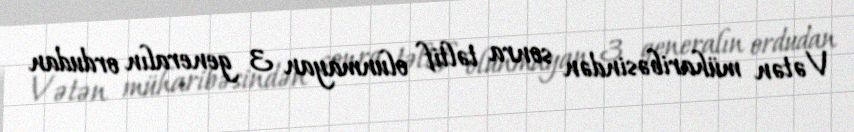
Vətən müharibəsindən sonra təltif olunmayan 3 generalın ordudan